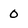
Character: 0